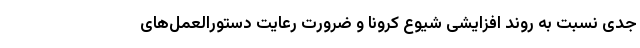
جدی نسبت به روند افزایشی شیوع کرونا و ضرورت رعایت دستورالعمل‌های